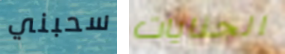
سحبني الجنايات